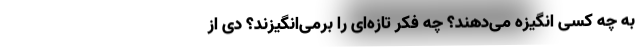
به چه کسی انگیزه می‌دهند؟ چه فکر تازه‌ای را برمی‌انگیزند؟ دِی از